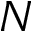
N